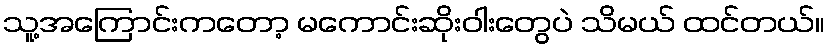
သူ့အကြောင်းကတော့ မကောင်းဆိုးဝါးတွေပဲ သိမယ် ထင်တယ်။